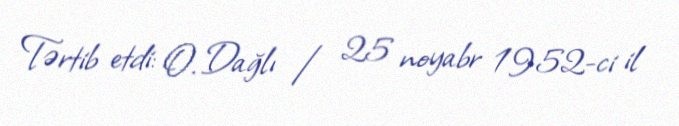
Tərtib etdi: O. Dağlı / 25 noyabr 1952-ci il